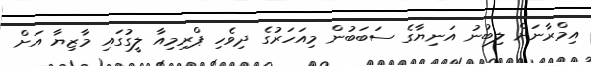
އިމްރާނަށް ލިބުނު އަނިޔާގެ ސަބަބުން މިއަހަރުގެ ދިވެހި ޕްރިމިއާ ލީގުގައި މާޒިޔާ އަށް